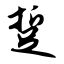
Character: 踅